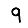
Digit: 9